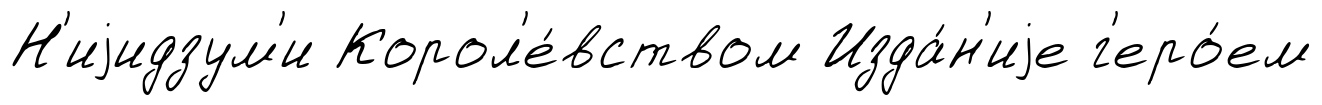
Н'иjидзум'и Корол'е́вством Изда́н'иjе г'еро́ем